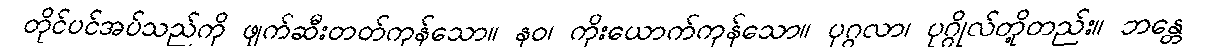
တိုင်ပင်အပ်သည်ကို ဖျက်ဆီးတတ်ကုန်သော။ နဝ၊ ကိုးယောက်ကုန်သော။ ပုဂ္ဂလာ၊ ပုဂ္ဂိုလ်တို့တည်း။ ဘန္တေ